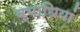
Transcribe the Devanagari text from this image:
व्‍याधियां